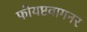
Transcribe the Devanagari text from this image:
फोयष्टवागनर